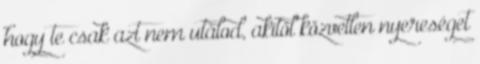
hogy te csak azt nem utálod, akitől közvetlen nyereséget